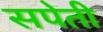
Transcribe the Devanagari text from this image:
सपेती